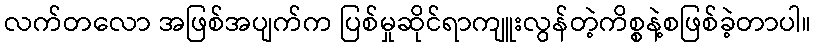
လက်တလော အဖြစ်အပျက်က ပြစ်မှုဆိုင်ရာကျူးလွန်တဲ့ကိစ္စနဲ့စဖြစ်ခဲ့တာပါ။